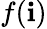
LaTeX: f(\mathbf{i})